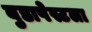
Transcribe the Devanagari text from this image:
बुडापेस्टला